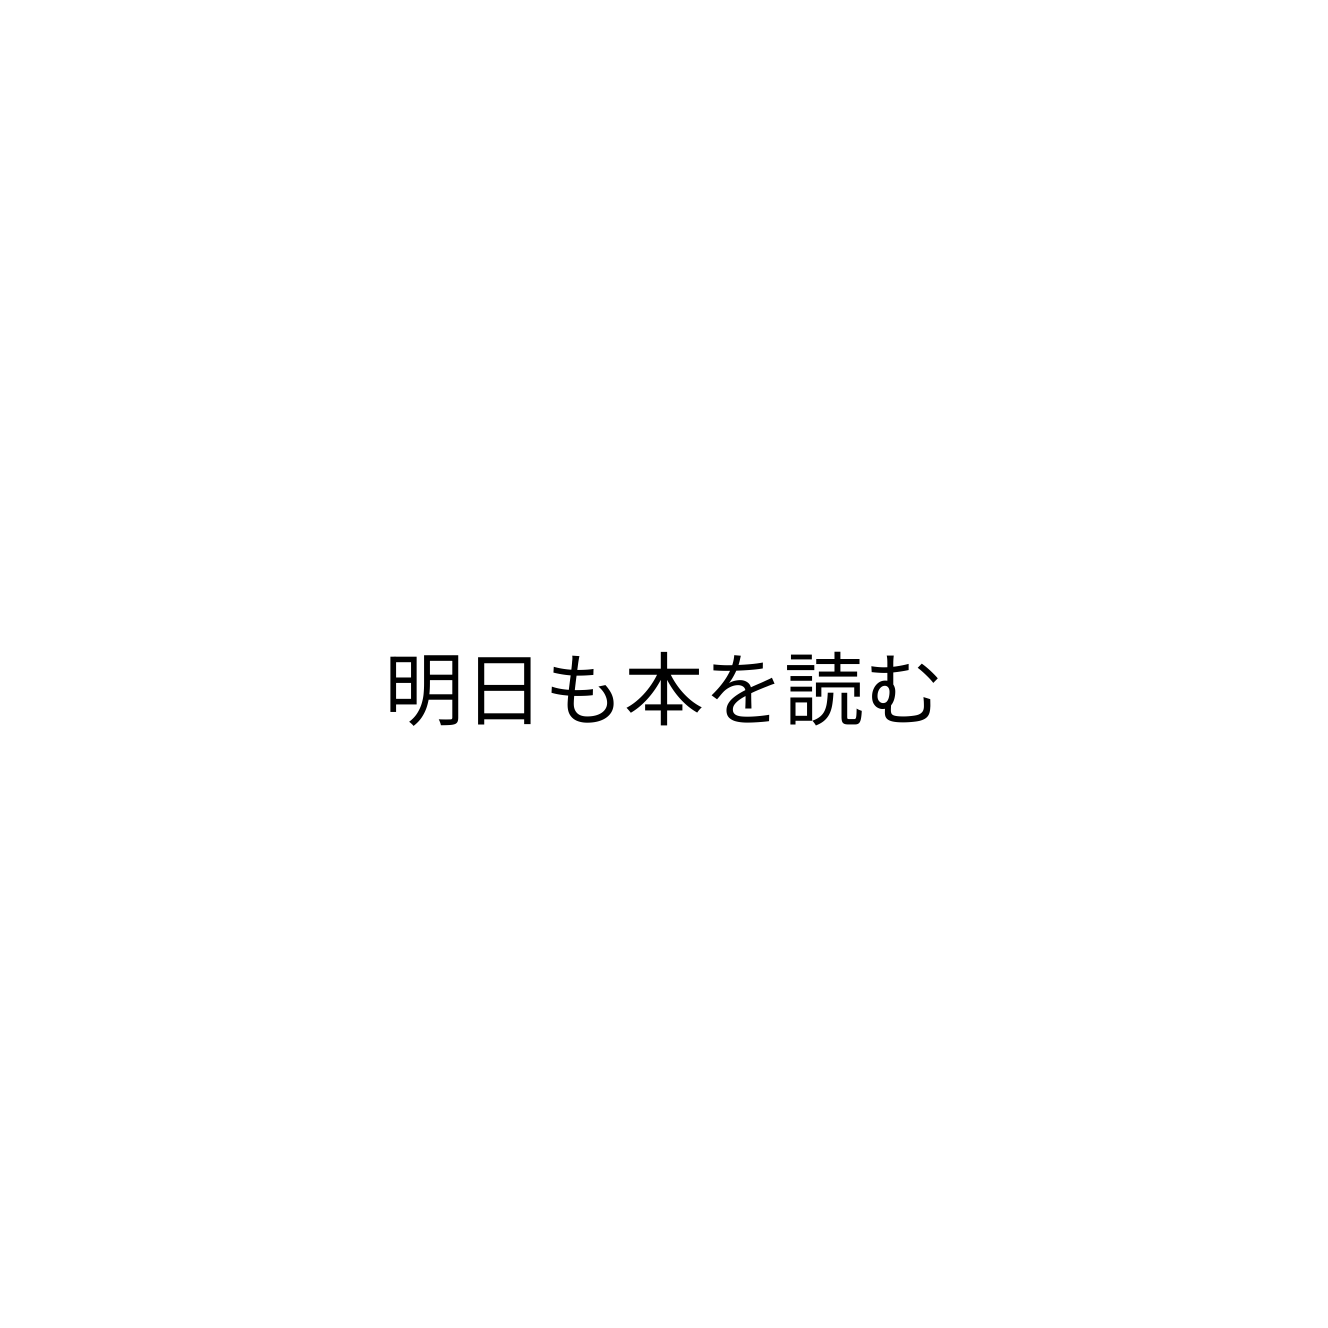
明日も本を読む